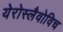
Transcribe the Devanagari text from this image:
येरोस्लैवोविच